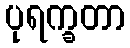
ပုရက္ခတာ